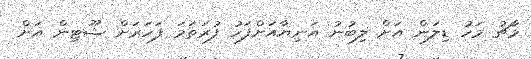
މާޗު މަހު ޑިލަން އަށް ލިބުނު އަނިޔާއަށްފަހު ފުރަތަމަ ފަހަރަށް ޝޫޓިން އަށް